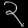
Digit: ၃